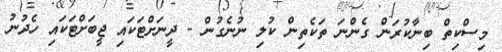
މިސްކިތް ބިނާކުރަން ގެންނަ ތަކެތިން ކުލި ނުނެގުން - ދީނަށްޓަކައި ޖީބަށްޓަކައި ހެދުނު